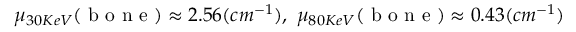
\mu _ { 3 0 K e V } ( \mathrm { ~ b ~ o ~ n ~ e ~ } ) \approx 2 . 5 6 ( c m ^ { - 1 } ) , ~ \mu _ { 8 0 K e V } ( \mathrm { ~ b ~ o ~ n ~ e ~ } ) \approx 0 . 4 3 ( c m ^ { - 1 } )